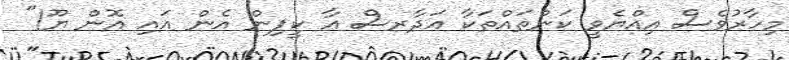
މިހާރުވެސް އިއްޔެވީ ކަންތައްތަކާ އަދާރސް އާ ކީޕިން އެން އައި އޮން ޔޫ!"